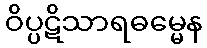
ဝိပ္ပဋိသာရဓမ္မေန